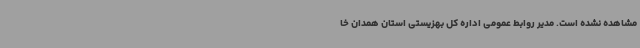
مشاهده نشده است. مدیر روابط عمومی اداره کل بهزیستی استان همدان خا